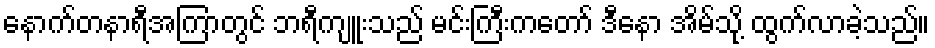
နောက်တနာရီအကြာတွင် ဘရီကျူးသည် မင်းကြီးကတော် ဒီနော အိမ်သို့ ထွက်လာခဲ့သည်။